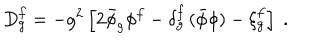
LaTeX: D _ { g } ^ { f } = - g ^ { 2 } \left[ 2 \bar { \phi } _ { g } \phi ^ { f } - \delta _ { g } ^ { f } \, ( \bar { \phi } \phi ) - \xi _ { g } ^ { f } \right] \; .